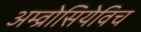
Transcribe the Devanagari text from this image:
अम्व्रोसियेविच